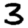
Digit: 3